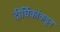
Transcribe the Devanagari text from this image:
दीर्घिकांकडून